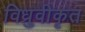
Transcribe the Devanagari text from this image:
विध्रुवीकृत